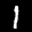
Label: 1